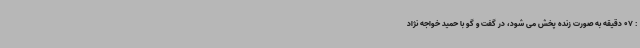
: 07 دقیقه به صورت زنده پخش می شود، در گفت و گو با حمید خواجه نژاد